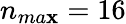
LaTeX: n_{ma\mathbf{x}}=16